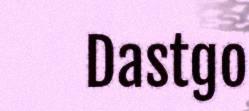
Dastgo